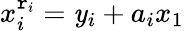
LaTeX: x_{i}^{\mathtt{r}_{i}}=\mathit{y}_{i}+a_{i}x_{1}